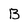
Character: b